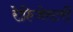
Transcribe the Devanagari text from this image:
रेफ्रिजेरटरों